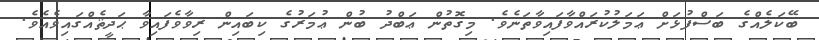
ބޭކަލެއްގެ ބަސްފުޅަށް ޢަމަލުކުރައްވާފައިވާތަނެވެ. މިގޮތުން ޢަބްދު ބުން ޢުމަރުގެ ކިބައިން ރިވާވެފައިވާ ޙަދީޘެއްގައިވެއެވެ.